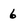
Character: 6